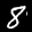
Label: 8